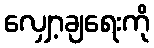
လျှော့ချရေးကို